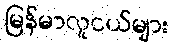
မြန်မာလူငယ်များ